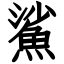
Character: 鯊